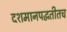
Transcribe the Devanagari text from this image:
दशमानपद्धतीतच